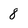
Character: 8